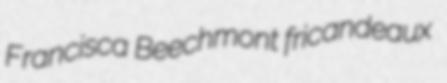
Francisca Beechmont fricandeaux